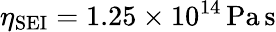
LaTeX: \eta_{\mathrm{SEI}}=1.25\times 10^{14}\, \mathrm{Pa\, s}